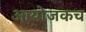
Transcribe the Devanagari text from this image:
आयोजकच